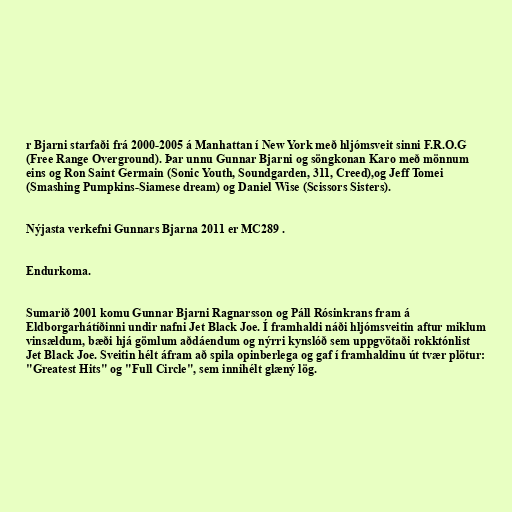
r Bjarni starfaði frá 2000-2005 á Manhattan í New York með hljómsveit sinni F.R.O.G
(Free Range Overground). Þar unnu Gunnar Bjarni og söngkonan Karo með mönnum
eins og Ron Saint Germain (Sonic Youth, Soundgarden, 311, Creed),og Jeff Tomei
(Smashing Pumpkins-Siamese dream) og Daniel Wise (Scissors Sisters).

Nýjasta verkefni Gunnars Bjarna 2011 er MC289 .

Endurkoma.

Sumarið 2001 komu Gunnar Bjarni Ragnarsson og Páll Rósinkrans fram á
Eldborgarhátíðinni undir nafni Jet Black Joe. Í framhaldi náði hljómsveitin aftur miklum
vinsældum, bæði hjá gömlum aðdáendum og nýrri kynslóð sem uppgvötaði rokktónlist
Jet Black Joe. Sveitin hélt áfram að spila opinberlega og gaf í framhaldinu út tvær plötur:
"Greatest Hits" og "Full Circle", sem innihélt glæný lög.